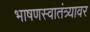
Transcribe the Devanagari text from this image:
भाषणस्वातंत्र्यावर